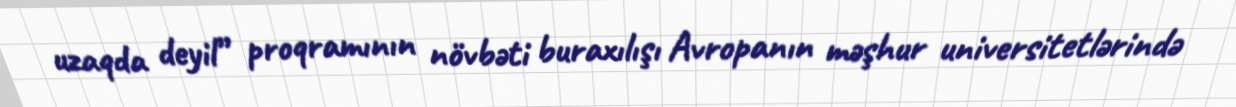
uzaqda deyil” proqramının növbəti buraxılışı Avropanın məşhur universitetlərində